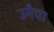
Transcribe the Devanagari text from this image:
उमैया